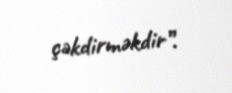
çəkdirməkdir”.